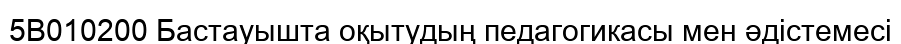
5В010200 Бастауышта оқытудың педагогикасы мен әдістемесі